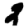
Digit: 2